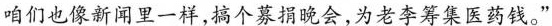
咱们也像新闻里一样，搞个募捐晚会，为老李筹集医药钱。”